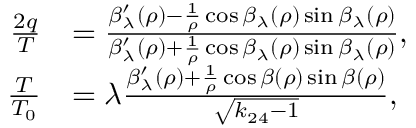
\begin{array} { r l } { \frac { 2 q } { T } } & { = \frac { \beta _ { \lambda } ^ { \prime } ( \rho ) - \frac { 1 } { \rho } \cos \beta _ { \lambda } ( \rho ) \sin \beta _ { \lambda } ( \rho ) } { \beta _ { \lambda } ^ { \prime } ( \rho ) + \frac { 1 } { \rho } \cos \beta _ { \lambda } ( \rho ) \sin \beta _ { \lambda } ( \rho ) } , } \\ { \frac { T } { T _ { 0 } } } & { = \lambda \frac { \beta _ { \lambda } ^ { \prime } ( \rho ) + \frac { 1 } { \rho } \cos \beta ( \rho ) \sin \beta ( \rho ) } { \sqrt { k _ { 2 4 } - 1 } } , } \end{array}